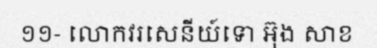
១១- លោកវរសេនីយ៍ទោ អ៊ុង សាខ